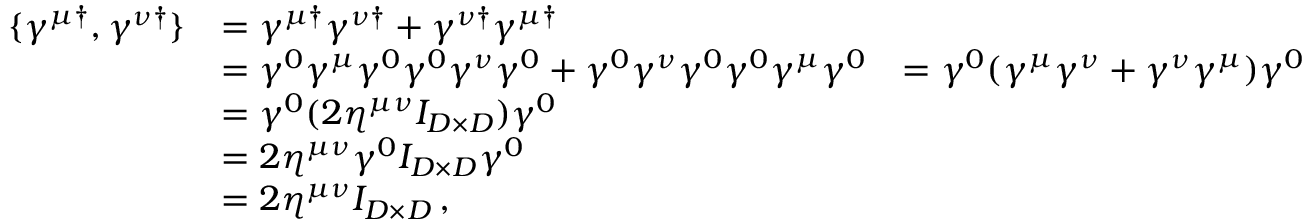
\begin{array} { r l r } { \{ \gamma ^ { \mu \dagger } , \gamma ^ { \nu \dagger } \} } & { = \gamma ^ { \mu \dagger } \gamma ^ { \nu \dagger } + \gamma ^ { \nu \dagger } \gamma ^ { \mu \dagger } } \\ & { = \gamma ^ { 0 } \gamma ^ { \mu } \gamma ^ { 0 } \gamma ^ { 0 } \gamma ^ { \nu } \gamma ^ { 0 } + \gamma ^ { 0 } \gamma ^ { \nu } \gamma ^ { 0 } \gamma ^ { 0 } \gamma ^ { \mu } \gamma ^ { 0 } } & { = \gamma ^ { 0 } ( \gamma ^ { \mu } \gamma ^ { \nu } + \gamma ^ { \nu } \gamma ^ { \mu } ) \gamma ^ { 0 } } \\ & { = \gamma ^ { 0 } ( 2 \eta ^ { \mu \nu } I _ { D \times D } ) \gamma ^ { 0 } } \\ & { = 2 \eta ^ { \mu \nu } \gamma ^ { 0 } I _ { D \times D } \gamma ^ { 0 } } \\ & { = 2 \eta ^ { \mu \nu } I _ { D \times D } \, , } \end{array}